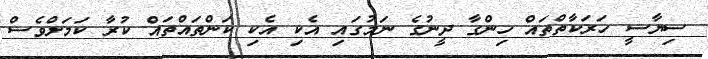
ސިޔާސީ ހަރަކާތްތައް ހިންގާ ދީނުގެ ނަމުގައި އެކި އެކި ކަންތައްތައް ކުރާ ކަމަށްވެސް